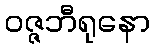
ဝဇ္ဇဘီရုနော